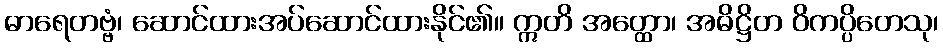
ဓာရေတဗ္ဗံ၊ ဆောင်ထားအပ်ဆောင်ထားနိုင်၏။ ဣတိ အတ္ထော၊ အဓိဋ္ဌိတ ဝိကပ္ပိတေသု၊